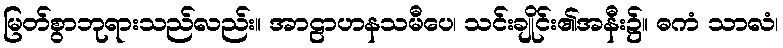
မြတ်စွာဘုရားသည်လည်း။ အာဠာဟနသမီပေ၊ သင်းချိုင်း၏အနီး၌။ ဓကံ သာလံ၊